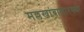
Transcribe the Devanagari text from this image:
मल्लखांबासारख्या